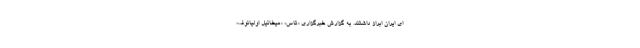
ای ایران ابراز داشتند. به گزارش خبرگزاری «تاس» «میخائیل اولیانوف»